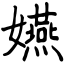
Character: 嬿